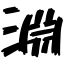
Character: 淵